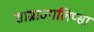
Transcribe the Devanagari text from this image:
साम्राज्यलिप्सा